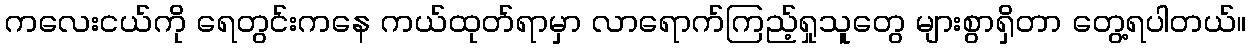
ကလေးငယ်ကို ရေတွင်းကနေ ကယ်ထုတ်ရာမှာ လာရောက်ကြည့်ရှုသူတွေ များစွာရှိတာ တွေ့ရပါတယ်။